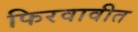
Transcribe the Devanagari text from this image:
फिरवावीत